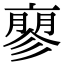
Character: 𬽚